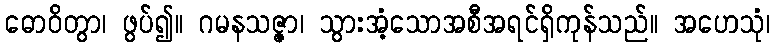
ဓောဝိတွာ၊ ဖွပ်၍။ ဂမနသဇ္ဇာ၊ သွားအံ့သောအစီအရင်ရှိကုန်သည်။ အဟေသုံ၊